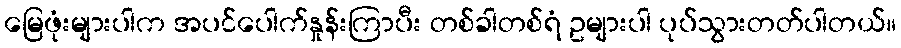
မြေဖုံးများပါက အပင်ပေါက်နှုန်းကြာပီး တစ်ခါတစ်ရံ ဥများပါ ပုပ်သွားတတ်ပါတယ်။